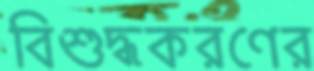
বিশুদ্ধকরণের